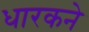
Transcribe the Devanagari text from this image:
धारकने